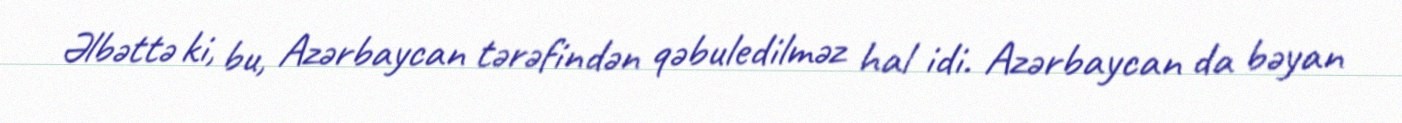
Əlbəttə ki, bu, Azərbaycan tərəfindən qəbuledilməz hal idi. Azərbaycan da bəyan